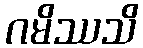
ဂမိဿသိ